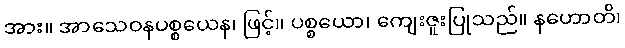
အား။ အာသေဝနပစ္စယေန၊ ဖြင့်။ ပစ္စယော၊ ကျေးဇူးပြုသည်။ နဟောတိ၊